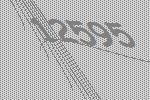
12595